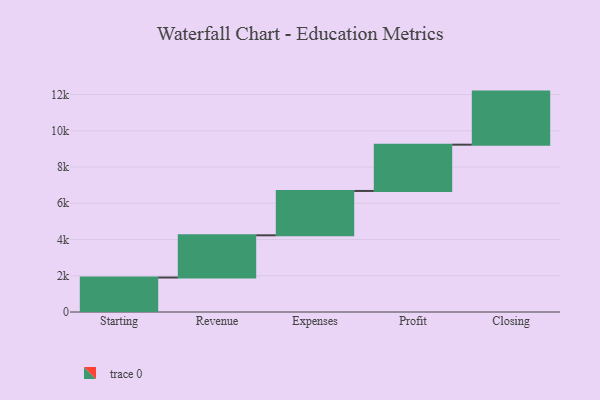
{"axis": {"x": "Step", "y": "Value"}, "legend": [""], "data": [{"x": "Starting", "y": 1903.0, "type": ""}, {"x": "Revenue", "y": 2330.0, "type": ""}, {"x": "Expenses", "y": 2448.0, "type": ""}, {"x": "Profit", "y": 2554.0, "type": ""}, {"x": "Closing", "y": 2930.0, "type": ""}]}